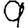
Digit: 9